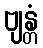
ဗျန္တံ